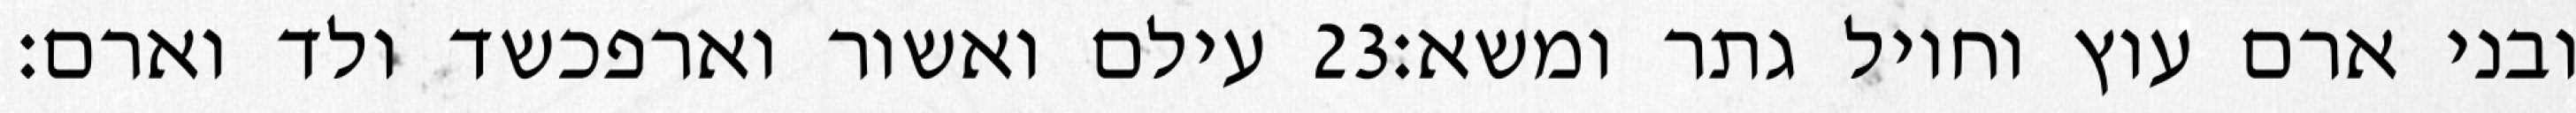
עילם ואשור וארפכשד ולד וארם׃ ‎23‏ ובני ארם עוץ וחויל גתר ומשא׃